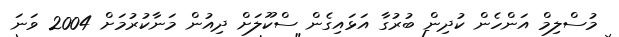
މުސްލިމް އަންހެން ކުދިން ބުރުގާ އަޅައިގެން ސްކޫލަށް ދިއުން މަނާކުރުމަށް 2004 ވަނަ